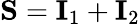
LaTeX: \mathbf{S}=\mathbf{I}_{1}+\mathbf{I}_{2}